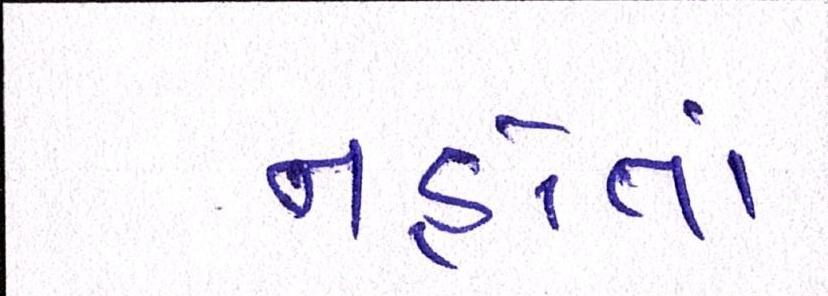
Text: નહોતાં